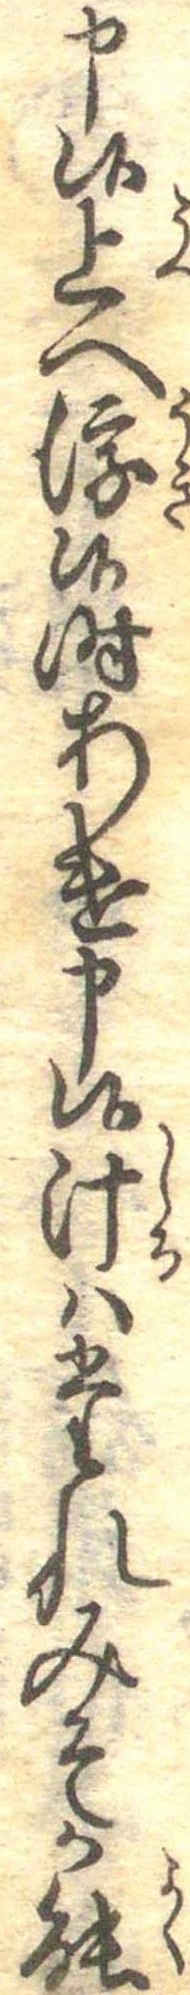
申候上へ浮候時あけ申候汁はたれみそか能